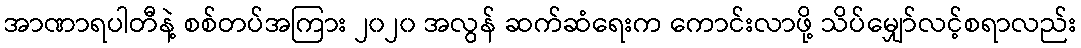
အာဏာရပါတီနဲ့ စစ်တပ်အကြား ၂၀၂၀ အလွန် ဆက်ဆံရေးက ကောင်းလာဖို့ သိပ်မျှော်လင့်စရာလည်း